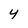
Character: 4